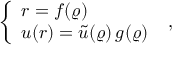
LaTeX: \left\{ \begin{array} { l } { { r = f ( \varrho ) \nonumber } } \\ { { u ( r ) = \widetilde { u } ( \varrho ) \, g ( \varrho ) } } \end{array} \right. \; ,